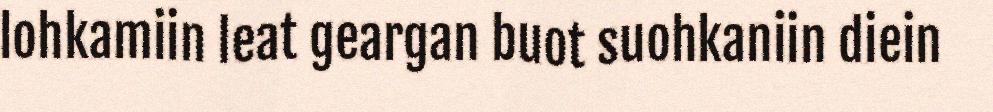
lohkamiin leat geargan buot suohkaniin diein